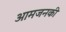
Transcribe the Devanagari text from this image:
आमजनकी